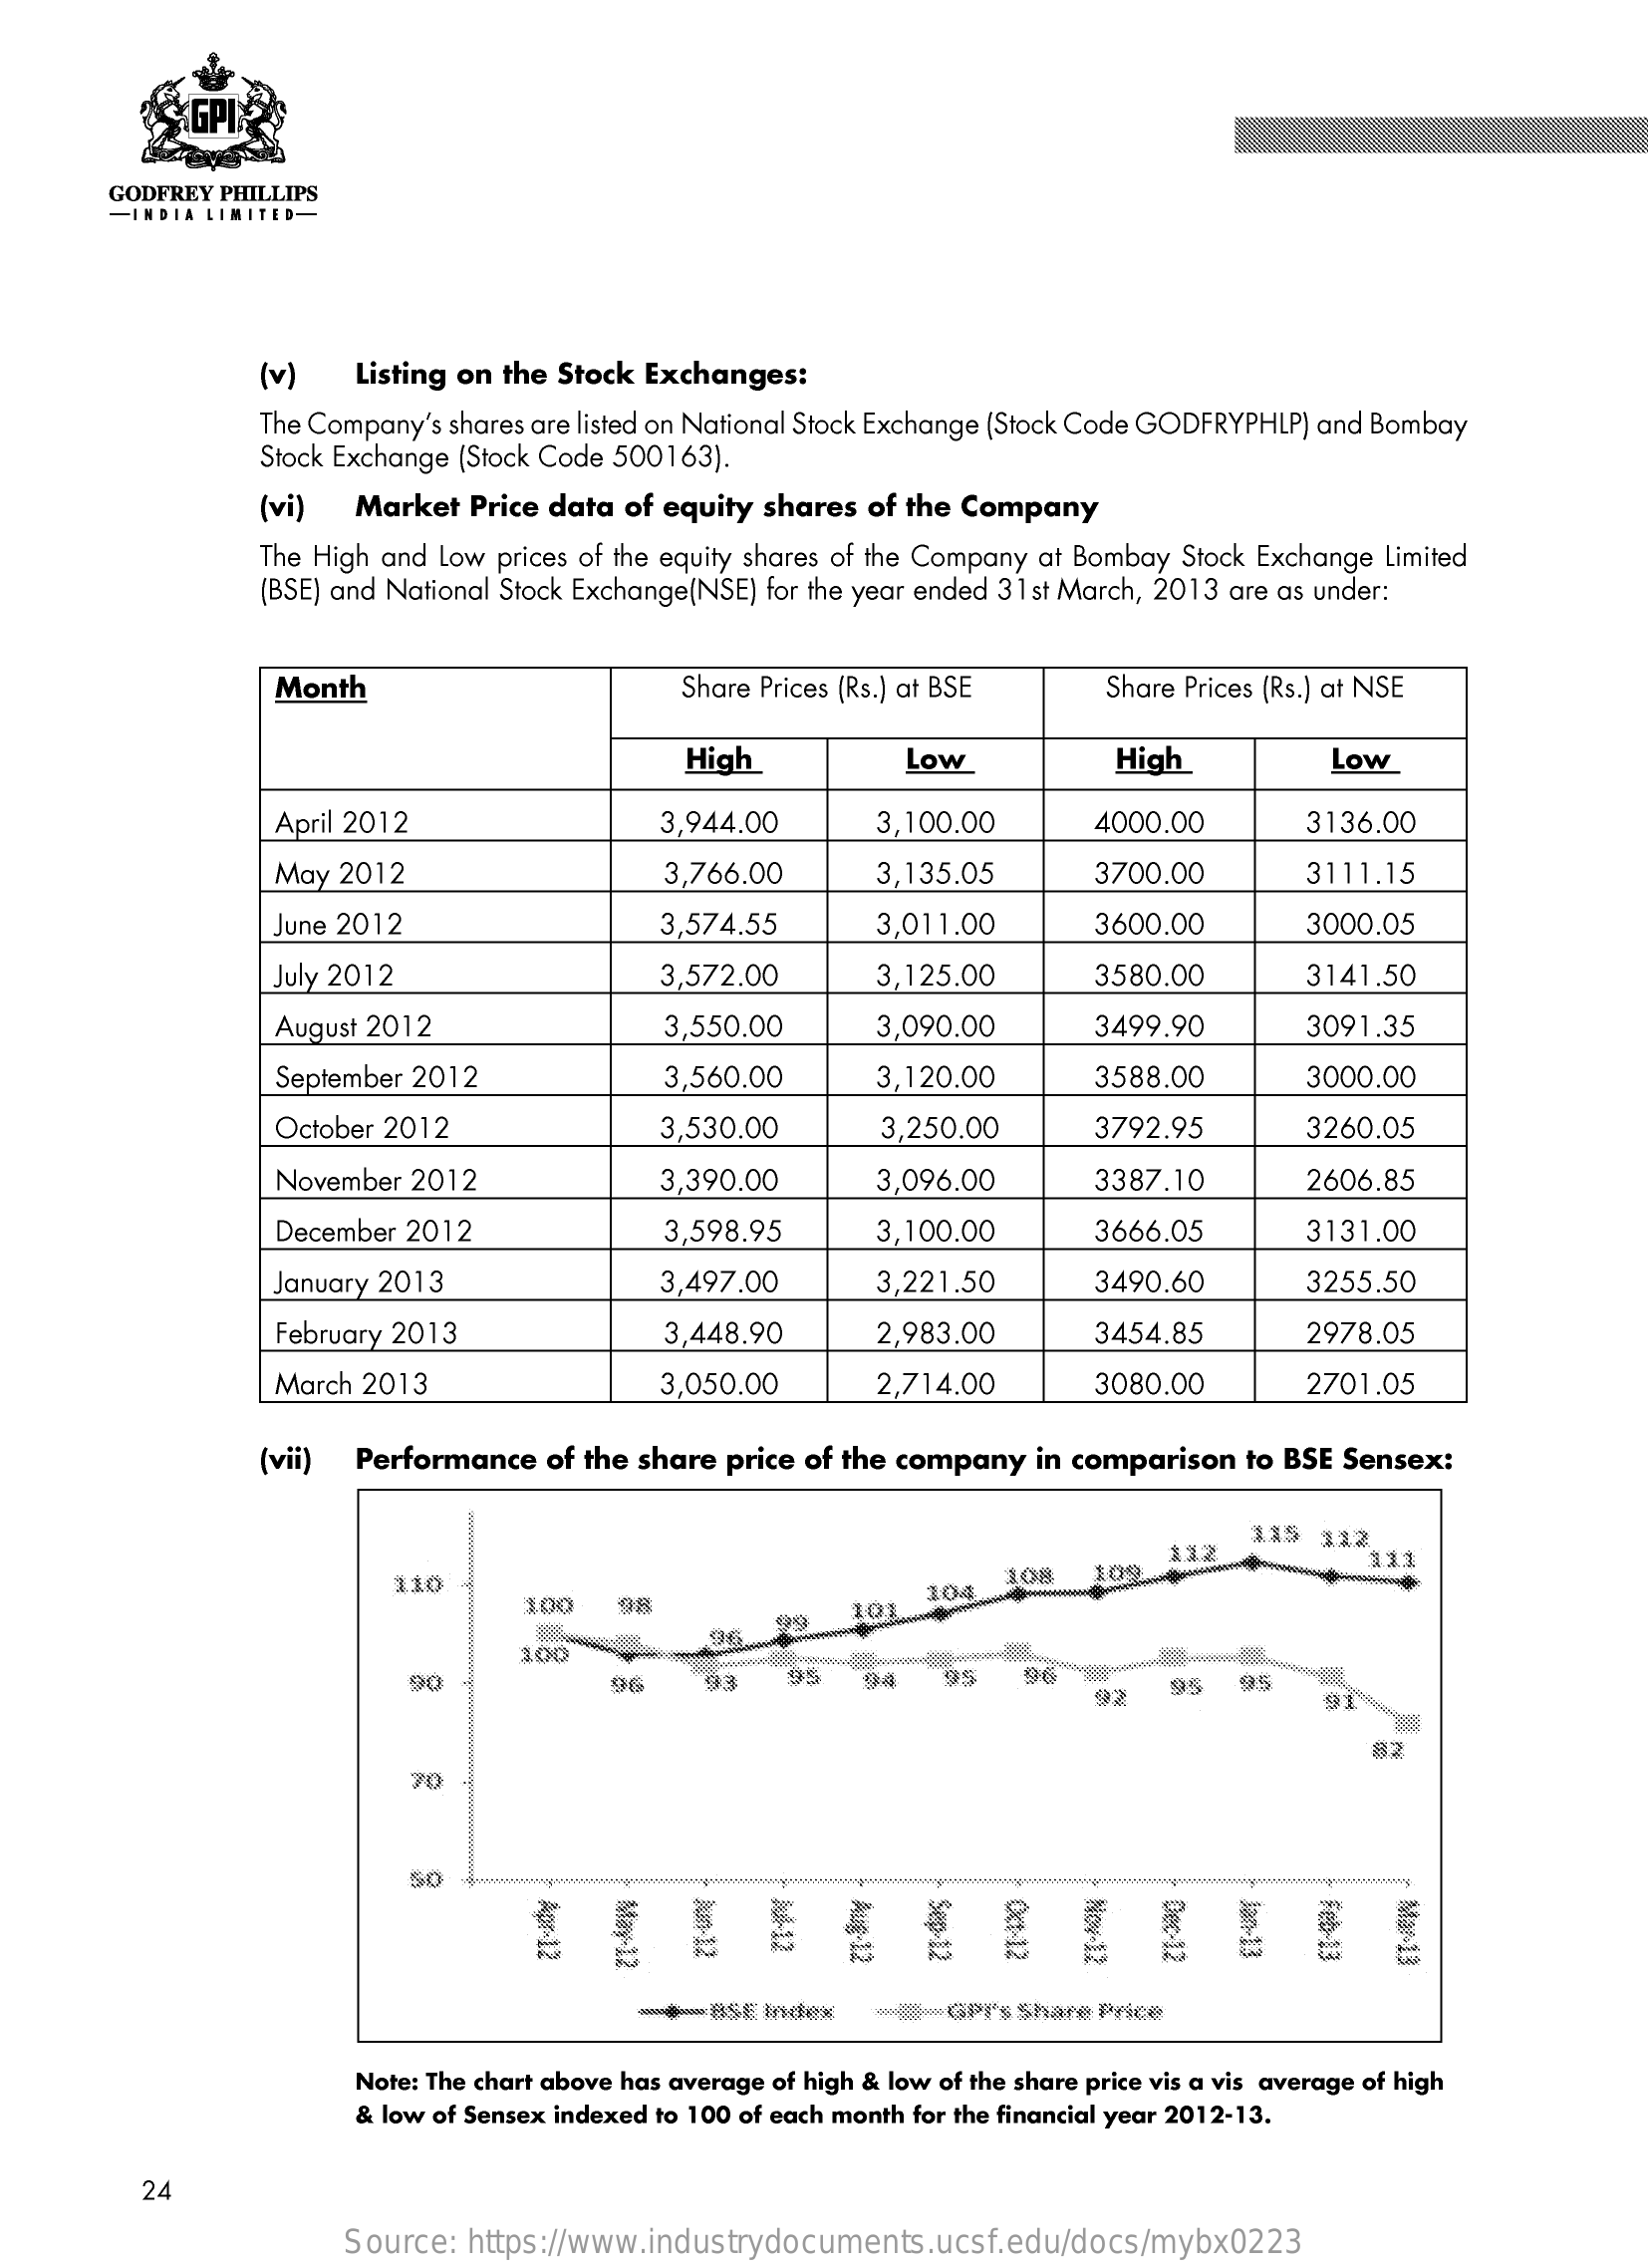
GPIN
     GODFREY PHILLIPS
     -INDIA LIMITED-
     (v)    Listing on the Stock Exchanges:
     The Company's shares are listed on National Stock Exchange (Stock Code GODFRYPHLP) and Bombay
     Stock Exchange (Stock Code 500163).
     (vi)  Market  Price data of equity shares of the Company
     The High and Low prices of the equity shares of the Company at Bombay Stock Exchange Limited
     (BSE) and National Stock Exchange(NSE) for the year ended 31 st March, 2013 are as under:
     Month    Share Prices (Rs.) at BSE   Share Prices (Rs.) at NSE
     High    Low    High    Low
     April 2012    3,944.00    3,100.00    4000.00    3136.00
     May  2012    3,766.00    3,135.05    3700.00    3111.15
     June 2012    3,574.55    3,011.00    3600.00    3000.05
     July 2012    3,572.00    3,125.00    3580.00    3141.50
     August 2012    3,550.00    3,090.00    3499.90    3091.35
     September 2012    3,560.00    3,120.00    3588.00    3000.00
     October 2012    3,530.00    3,250.00    3792.95    3260.05
     November 2012    3,390.00    3,096.00    3387.10    2606.85
     December 2012    3,598.95    3,100.00    3666.05    3131.00
     January 2013    3,497.00    3,221.50    3490.60    3255.50
     February 2013    3,448.90    2,983.00    3454.85    2978.05
     March 2013    3,050.00    2,714.00    3080.00    2701.05
     (vii) Performance  of the share price of the company in comparison to BSE Sensex:
     112    111
     110
     109
     100   98    10
     104
     100
     96.
     90    96
     95   94    95
     92
     95   95
     9
     82
     70
     50
     Jun-12    OCE-12 Aug-12 Nov-12    Mar-13 Feb-13 Apr-12 Jan-13 May-12 jul-12 Sep-12 Dec-12
     **   GP's Share Price
     Note: The chart above has average of high & low of the share price vis a vis average of high
     & low of Sensex indexed to 100 of each month for the financial year 2012-13.
     24
     Source: https://www.industrydocuments.ucsf.edu/docs/mybx0223